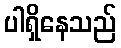
ပါရှိနေသည်